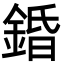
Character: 錉